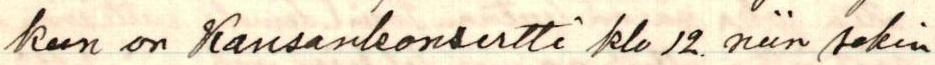
kun on Kansankonsertti klo 12. niin sekin